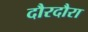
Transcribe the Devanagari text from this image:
दौरदौरा